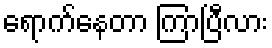
ရောက်နေတာ ကြာပြီလား